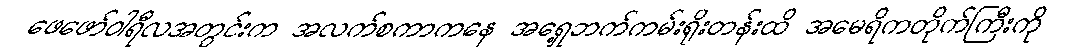
ဖေဖော်ဝါရီလအတွင်းက အလက်စကာကနေ အရှေ့ဘက်ကမ်းရိုးတန်းထိ အမေရိကတိုက်ကြီးကို